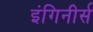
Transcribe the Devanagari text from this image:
इंगिनीर्स